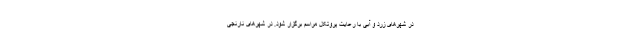
در شهرهای زرد و آبی با رعایت پروتکل مراسم برگزار شود. در شهرهای نارنجی